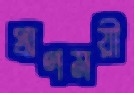
প্রাণময়ী